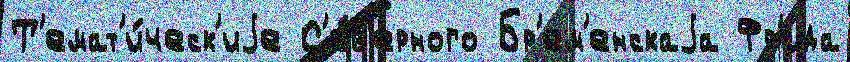
Т'емат'и́ческ'иjе С'е́в'ерного Бр'ем'енскаjа Фр'ида